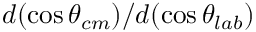
d ( \cos \theta _ { c m } ) / d ( \cos \theta _ { l a b } )